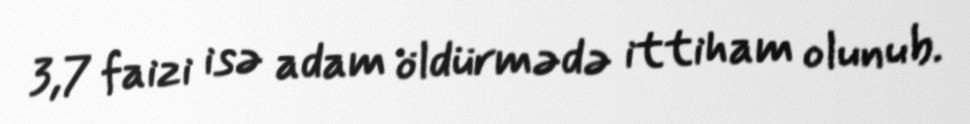
3,7 faizi isə adam öldürmədə ittiham olunub.